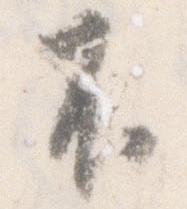
不